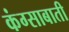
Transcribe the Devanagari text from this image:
कंग्साबाती